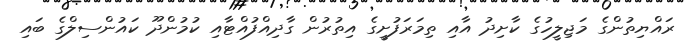
ރައްޔިތުންގެ މަޖިލީހުގެ ކާށިދު އާއި ތިމަރަފުށީގެ އިތުރުން ގާދިއްފުއްޓާއި ކުމުންދޫ ކައުންސިލްގެ ބައި